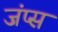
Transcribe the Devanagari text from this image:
जंप्स